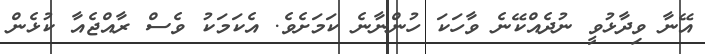
އޭނާ ވިދާޅުވީ ނުދެއްކޭނެ ވާހަކަ ހުންނާނެ ކަމަށެވެ. އެކަމަކު ވެސް ރާއްޖެއާ ކުޅެން